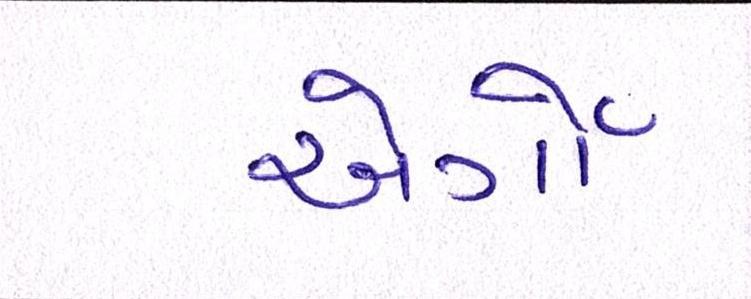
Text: એર્ગો